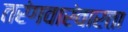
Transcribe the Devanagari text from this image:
तरंगवारंवारता